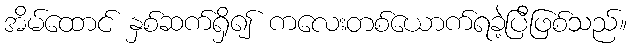
အိမ်ထောင် နှစ်ဆက်ရှိ၍ ကလေးတစ်ယောက်ရခဲ့ပြီဖြစ်သည်။